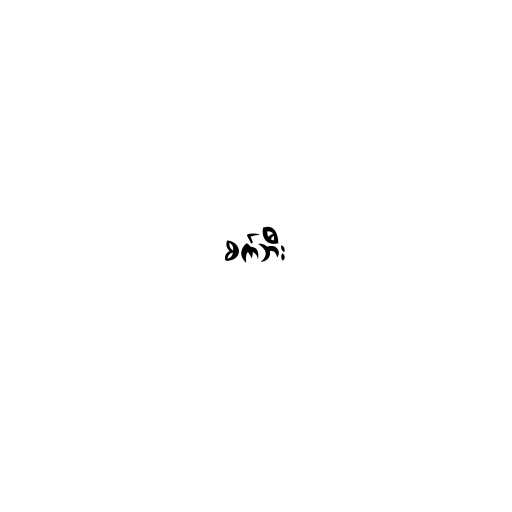
စက်ဘီး